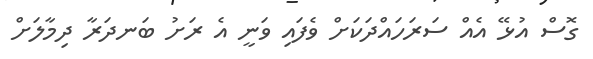
ގޮސް އުޅޭ އެއް ސަރަހައްދަކަށް ވެފައި ވަނީ އެ ރަށު ބަނދަރާ ދިމާލަށް